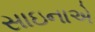
સાઇનાએ